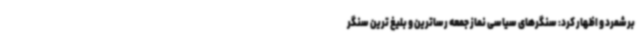
برشمرد و اظهار کرد: سنگرهای سیاسی نماز جمعه رساترین و بلیغ ترین سنگر